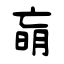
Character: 朚